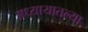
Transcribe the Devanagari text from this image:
अध्यायातल्या